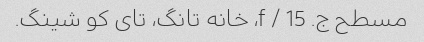
مسطح ج. 15 / f، خانه تانگ، تای کو شینگ.